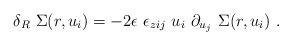
LaTeX: \begin{align*}\delta_R \,\, \Sigma (r, u_i)= -2\epsilon \,\, \epsilon_{zij}\,\,u_i \,\, \partial_{u_{j}} \ \Sigma (r, u_i) \ .\end{align*}